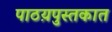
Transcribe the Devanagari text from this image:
पाठय़पुस्तकात